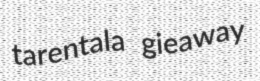
tarentala gieaway